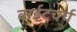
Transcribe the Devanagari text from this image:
वाईटचर्च